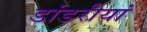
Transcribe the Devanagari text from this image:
डांडरीयां